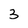
Character: 3